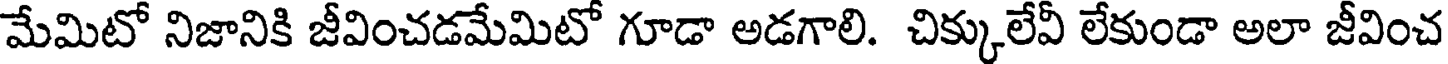
మేమిటో నిజానికి జీవించడమేమిటో గూడా అడగాలి. చిక్కులేవీ లేకుండా అలా జీవించ